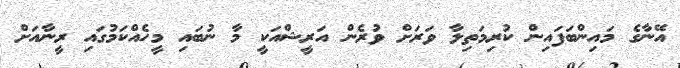
އޭނާގެ މައިންބަފައިން ކުރިމަތިލާ ވަރަށް ވުރެން އަރީޝްއަކީ މާ ނުބައި މީހެއްކަމުގައި ރީނާއަށް